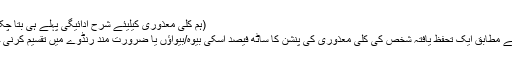
(ہم کلی معذوری کیلیئے شرح ادائیگی پہلے ہی بتا چکے ہیں)
قانون کے مطابق ایک تحفظ یافتہ شخص کی کلی معذوری کی پنشن کا ساٹھ فیصد اسکی بیوہ/بیواؤں یا ضرورت مند رنڈوے میں تقسیم کرنی چاہیئے۔